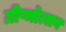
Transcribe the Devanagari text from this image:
ग्रीष्मोत्सव